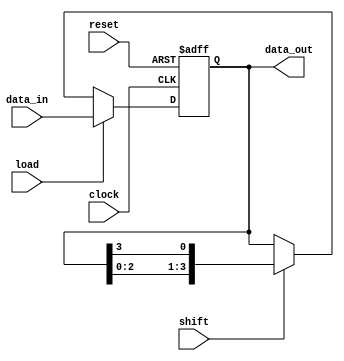
module register (
    input wire [3:0] data_in,
    input wire clock,
    input wire reset,
    input wire load,
    input wire shift,
    output reg [3:0] data_out
);

reg [3:0] register_data;

always @(posedge clock or posedge reset) begin
    if (reset) begin
        register_data <= 4'b0000;
    end else begin
        if (load) begin
            register_data <= data_in;
        end else if (shift) begin
            register_data <= {register_data[2:0], register_data[3]};
        end
    end
end

assign data_out = register_data;

endmodule